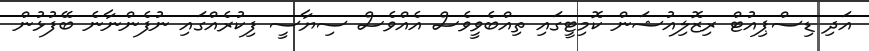
އަދި ޑިސްޕިއުޓް ރިޒޮލިއުޝަން ކޮމިޓީގައި ތިއްބެވީވެސް އެއްވެސް ސިޔާސީ ފިކުރެއްގައި ނުފެންނާނެ ބޭފުޅުން